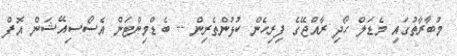
މުބާރާތުގައި މެޑަލް ހޯދި ރާއްޖޭގެ ފިރިހެން ކުޅުންތެރިން -- ބެޑްމިންޓަން އެސޯސިއޭޝަން އޮފް